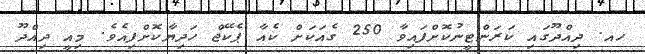
ހއ. ދިއްދޫގައި ކަރަންޓީނުކޮށްފައިވާ 250 ގެއަކަށް ކެއާ ޕެކޭޖް ހަދިޔާކޮށްފިއެވެ. މިއީ ދިއްދޫ